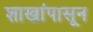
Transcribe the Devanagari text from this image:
शाखांपासून